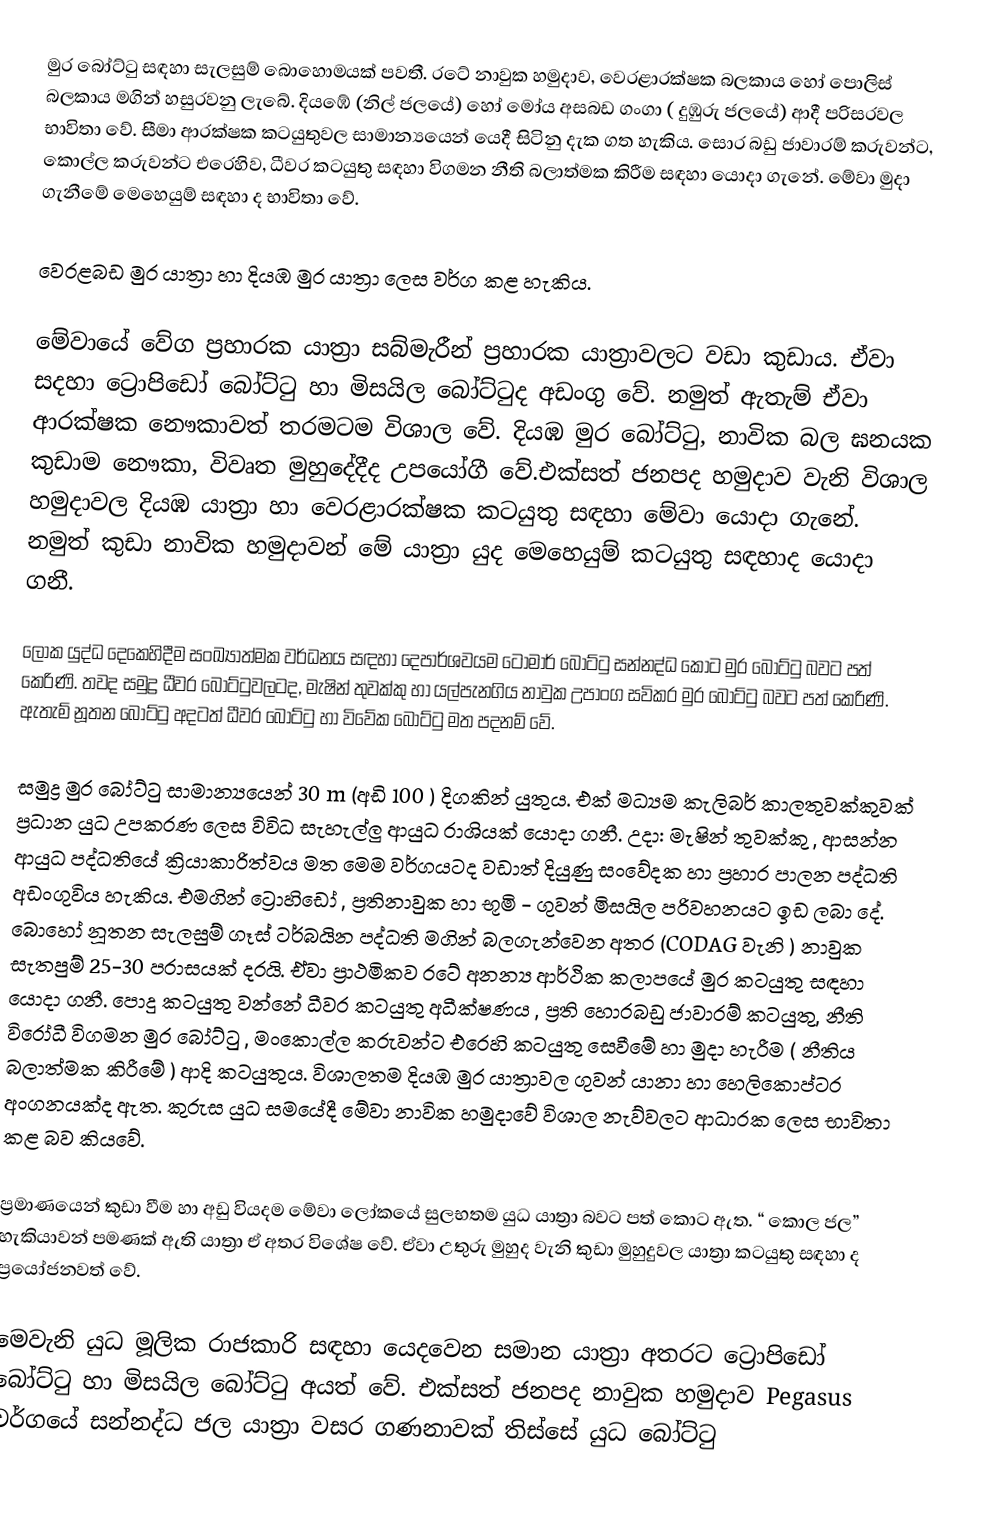
මුර බෝට්ටු සඳහා සැලසුම් බොහොමයක් පවතී. රටේ නාවුක හමුදාව, වෙරළාරක්ෂක බලකාය හෝ පොලිස් බලකාය මගින් හසුරවනු ලැබේ. දියඹේ (නිල් ජලයේ) හෝ මෝය අසබඩ ගංගා ( දුඹුරු ජලයේ) ආදී පරිසරවල භාවිතා වේ. සීමා ආරක්ෂක කටයුතුවල සාමාන්‍යයෙන් යෙදී සිටිනු දැක ගත හැකිය. සොර බඩු ජාවාරම් කරුවන්ට, කොල්ල කරුවන්ට එරෙහිව, ධීවර කටයුතු සඳහා විගමන නීති බලාත්මක කිරීම සඳහා යොදා ගැනේ. මේවා මුදා ගැනීමේ මෙහෙයුම් සඳහා ද භාවිතා වේ.

වෙරළබඩ මුර යාත්‍රා හා දියඹ මුර යාත්‍රා ලෙස වර්ග කළ හැකිය.

මේවායේ වේග ප්‍රහාරක යාත්‍රා සබ්මැරීන් ප්‍රහාරක යාත්‍රාවලට වඩා කුඩාය. ඒවා සදහා ට්‍රොපිඩෝ බෝට්ටු හා මිසයිල බෝට්ටුද අඩංගු වේ. නමුත් ඇතැම් ඒවා ආරක්ෂක නෞකාවත් තරමටම විශාල වේ. දියඹ මුර බෝට්ටු, නාවික බල ඝනයක කුඩාම නෞකා, විවෘත මුහුදේදීද උපයෝගී වේ.එක්සත් ජනපද හමුදාව වැනි විශාල හමුදාවල දියඹ යාත්‍රා හා වෙරළාරක්ෂක කටයුතු සඳහා මේවා යොදා ගැනේ. නමුත් කුඩා නාවික හමුදාවන් මේ යාත්‍රා යුද මෙහෙයුම් කටයුතු සඳහාද යොදා ගනී.

ලෝක යුද්ධ දෙකෙහිදීම සංඛ්‍යාත්මක වර්ධනය සඳහා දෙපාර්ශවයම ටෝමාර් බෝට්ටු සන්නද්ධ කොට මුර බෝට්ටු බවට පත් කෙරිණි. තවද සමුද්‍ර ධීවර බෝට්ටුවලටද, මැෂින් තුවක්කු හා යල්පැනගිය නාවුක උපාංග සවිකර මුර බෝට්ටු බවට පත් කෙරිණි. ඇතැම් නූතන බෝට්ටු අදටත් ධීවර බෝට්ටු හා විවේක බෝට්ටු මත පදනම් වේ.

සමුද්‍ර මුර බෝට්ටු සාමාන්‍යයෙන් 30 m (අඩි 100 ) දිගකින් යුතුය. එක් මධ්‍යම කැලිබර් කාලතුවක්කුවක් ප්‍රධාන යුධ උපකරණ ලෙස විවිධ සැහැල්ලු ආයුධ රාශියක් යොදා ගනී. උදා: මැෂින් තුවක්කු , ආසන්න ආයුධ පද්ධතියේ ක්‍රියාකාරිත්වය මත මෙම වර්ගයටද වඩාත් දියුණු සංවේදක හා ප්‍රහාර පාලන පද්ධති අඩංගුවිය හැකිය. එමගින් ට්‍රොහිඩෝ , ප්‍රතිනාවුක හා භූමි - ගුවන් මිසයිල පරිවහනයට ඉඩ ලබා දේ. බොහෝ නූතන සැලසුම් ගෑස් ටර්බයින පද්ධති මගින් බලගැන්වෙන අතර (CODAG වැනි ) නාවුක සැතපුම් 25-30 පරාසයක් දරයි. ඒවා ප්‍රාථමිකව රටේ අනන්‍ය ආර්ථික කලාපයේ මුර කටයුතු සඳහා යොදා ගනී. පොදු කටයුතු වන්නේ ධීවර කටයුතු අධීක්ෂණය , ප්‍රති හොරබඩු ජාවාරම් කටයුතු, නීති විරෝධී විගමන මුර බෝට්ටු , මංකොල්ල කරුවන්ට එරෙහි කටයුතු සෙවීමේ හා මුදා හැරීම ( නීතිය බලාත්මක කිරීමේ ) ආදි කටයුතුය. විශාලතම දියඹ මුර යාත්‍රාවල ගුවන් යානා හා හෙලිකොප්ටර අංගනයක්ද ඇත. කුරුස යුධ සමයේදී මේවා නාවික හමුදාවේ විශාල නැව්වලට ආධාරක ලෙස භාවිතා කළ බව කියවේ.

ප්‍රමාණයෙන් කුඩා වීම හා අඩු වියදම මේවා ලෝකයේ සුලභතම යුධ යාත්‍රා බවට පත් ‍කොට ඇත. “ කොල ජල” හැකියාවන් පමණක් ඇති යාත්‍රා ඒ අතර විශේෂ වේ. ඒවා උතුරු මුහුද වැනි කුඩා මුහුදුවල යාත්‍රා කටයුතු සඳහා ද ප්‍රයෝජනවත් වේ.

මෙවැනි යුධ මූලික රාජකාරි සඳහා යෙදවෙන සමාන යාත්‍රා අතරට ට්‍රොපිඩෝ බෝට්ටු හා මිසයිල බෝට්ටු අයත් වේ. එක්සත් ජනපද නාවුක හමුදාව Pegasus වර්ගයේ සන්නද්ධ ජල යාත්‍රා වසර ගණනාවක් තිස්සේ යුධ බෝට්ටු